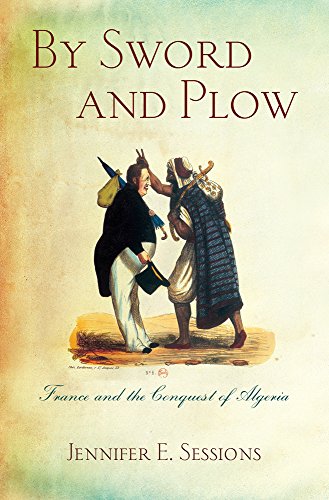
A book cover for By Sword and Plow: France and the Conquest of Algeria; Jennifer E. Sessions; History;